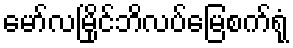
မော်လမြိုင်ဘိလပ်မြေစက်ရုံ